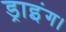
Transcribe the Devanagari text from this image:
ड्राइंग।